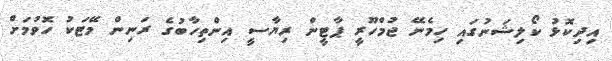
އިދިކޮޅު ކޯލިޝަނުގައި ހިމެނޭ ޖުމްހޫރީ ޕާޓީން ރިޔާސީ އިންތިހާބުގެ ރަނިން މޭޓަކު ހޮވުމަށް